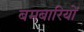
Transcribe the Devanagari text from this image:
बमबारियों